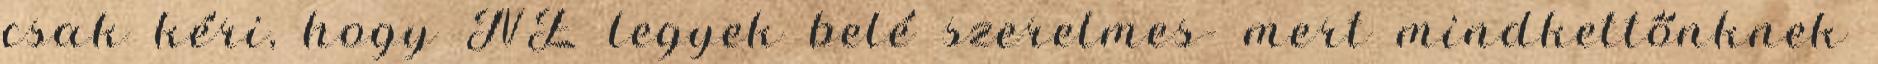
csak kéri, hogy NE legyek belé szerelmes- mert mindkettőnknek